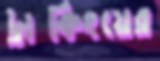
ট্রাকিংয়ের